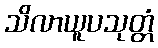
သိလာယူပသုတ္တံ